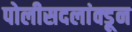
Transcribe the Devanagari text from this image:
पोलीसदलांक्डून